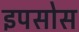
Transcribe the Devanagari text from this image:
इपसोस